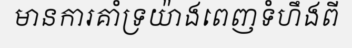
មានការគាំទ្រយ៉ាងពេញទំហឹងពី